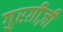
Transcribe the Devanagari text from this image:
गुरग़ीज़ी